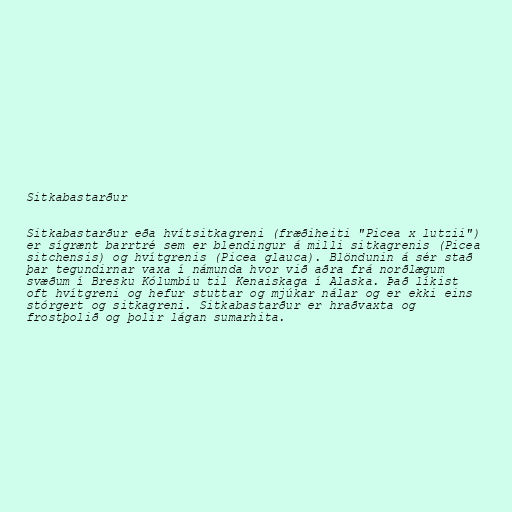
Sitkabastarður

Sitkabastarður eða hvítsitkagreni (fræðiheiti "Picea x lutzii")
er sígrænt barrtré sem er blendingur á milli sitkagrenis (Picea
sitchensis) og hvítgrenis (Picea glauca). Blöndunin á sér stað
þar tegundirnar vaxa í námunda hvor við aðra frá norðlægum
svæðum í Bresku Kólumbíu til Kenaiskaga í Alaska. Það líkist
oft hvítgreni og hefur stuttar og mjúkar nálar og er ekki eins
stórgert og sitkagreni. Sitkabastarður er hraðvaxta og
frostþolið og þolir lágan sumarhita.